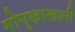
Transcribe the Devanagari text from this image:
गोमुखाखाली